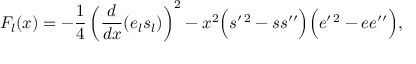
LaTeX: F _ { l } ( x ) = - \frac { 1 } { 4 } \left( \frac { d } { d x } ( e _ { l } s _ { l } ) \right) ^ { 2 } - x ^ { 2 } \Bigl ( s ^ { \prime \, 2 } - s s ^ { \prime \prime } \Bigr ) \Bigl ( e ^ { \prime \, 2 } - e e ^ { \prime \prime } \Bigr ) ,